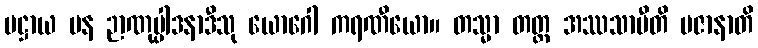
ပဋ္ဌာယ ပန ဉာဏုပ္ပါဒနာဒီသု ယောဂေါ ကရဏီယော။ တသ္မာ တတ္ထ အဿသာမီတိ ပဇာနာတိ